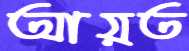
আয়ত